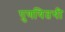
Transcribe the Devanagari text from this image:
पुणयितथी